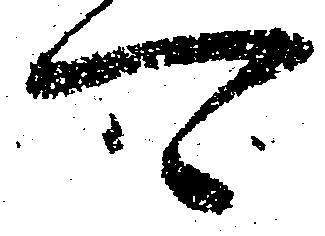
可